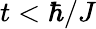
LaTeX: t<\hbar/J